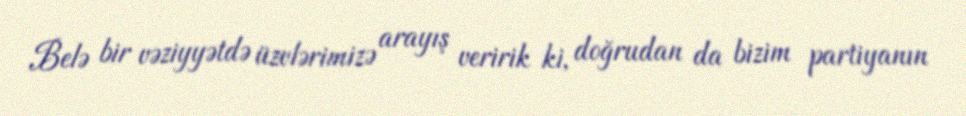
Belə bir vəziyyətdə üzvlərimizə arayış veririk ki, doğrudan da bizim partiyanın